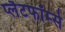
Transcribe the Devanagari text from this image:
प्लैटफॉर्म्स